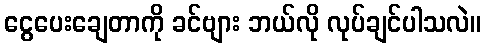
ငွေပေးချေတာကို ခင်ဗျား ဘယ်လို လုပ်ချင်ပါသလဲ။